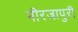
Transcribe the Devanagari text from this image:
मीरजापुरी